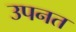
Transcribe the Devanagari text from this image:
उपनत